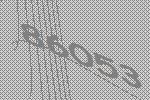
86053